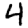
Digit: 4